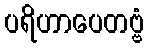
ပရိဟာပေတဗ္ဗံ